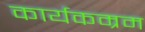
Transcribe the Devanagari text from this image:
कार्यकम्रम